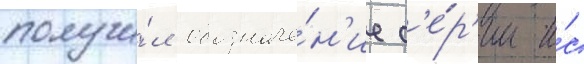
получи́л обозначе́н'ие с'е́р'ии и́с